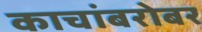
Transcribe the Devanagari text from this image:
काचांबरोबर